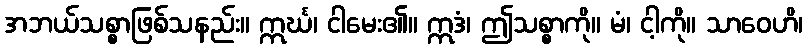
အဘယ်သစ္စာဖြစ်သနည်း။ ဣင်္ဃ၊ ငါမေး၏။ ဣဒံ၊ ဤသစ္စာကို။ မံ၊ ငါ့ကို။ သာဝေဟိ၊